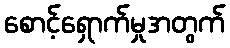
စောင့်ရှောက်မှုအတွက်